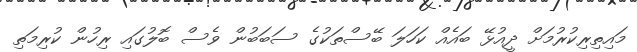
މައިތިރިކުރުމަށް ދީއުޅޭ ބައެއް ކަހަލަ ބޭސްތަކުގެ ސަބަބުން ވެސް ބޮލުގައި ރިހުން ކުރިމަތި